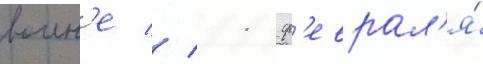
воин'е // 11 ф'еврал'я́